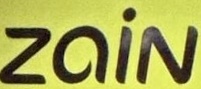
Zain